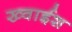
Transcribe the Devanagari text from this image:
ख्वाईश